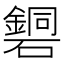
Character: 𥖹